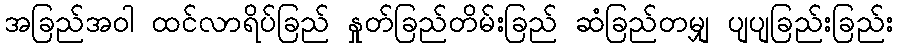
အခြည်အဝါ ထင်လာရိပ်ခြည် နှုတ်ခြည်တိမ်းခြည် ဆံခြည်တမျှ ပျပျခြည်းခြည်း